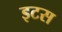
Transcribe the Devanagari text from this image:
इटस